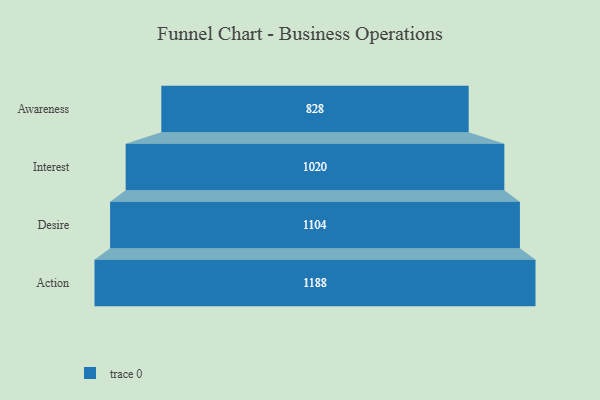
{"axis": {"x": "Stage", "y": "Value"}, "legend": [""], "data": [{"x": "Awareness", "y": 828.0, "type": ""}, {"x": "Interest", "y": 1020.0, "type": ""}, {"x": "Desire", "y": 1104.0, "type": ""}, {"x": "Action", "y": 1188.0, "type": ""}]}